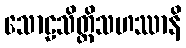
သောဠသိတ္ထိသဟဿာနိ